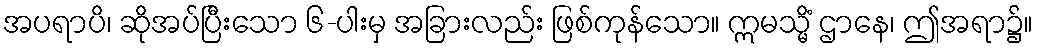
အပရာပိ၊ ဆိုအပ်ပြီးသော ၆-ပါးမှ အခြားလည်း ဖြစ်ကုန်သော။ ဣမသ္မိံ ဌာနေ၊ ဤအရာ၌။